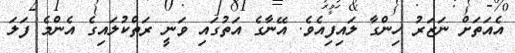
އެއަތަށް ނަޒަރު ހިންގާ ލައިފިއެވެ. އޭނާގެ އަތުގައި ވަނީ ރަތްކުލައިގެ އެންމެ ފަލަ